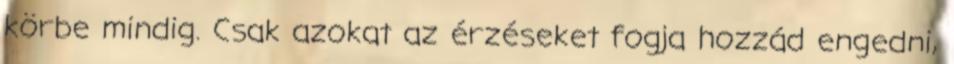
körbe mindig. Csak azokat az érzéseket fogja hozzád engedni,